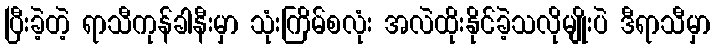
ပြီးခဲ့တဲ့ ရာသီကုန်ခါနီးမှာ သုံးကြိမ်စလုံး အလဲထိုးနိုင်ခဲ့သလိုမျိုးပဲ ဒီရာသီမှာ